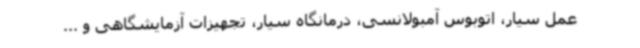
عمل سیار، اتوبوس آمبولانسی، درمانگاه سیار، تجهیزات آزمایشگاهی و ...